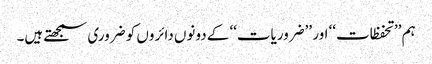
ہم ’’تحفظات‘‘ اور ’’ضروریات‘‘ کے دونوں دائروں کو ضروری سمجھتے ہیں۔